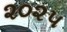
૨૦૨૫